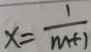
x = \frac { 1 } { m + 1 }